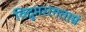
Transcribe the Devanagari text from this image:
विद्रुमरागताम्रं